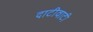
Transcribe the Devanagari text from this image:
दाटीवाटी